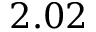
2 . 0 2